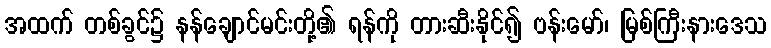
အထက် တစ်ခွင်၌ နန်ချောင်မင်းတို့၏ ရန်ကို တားဆီးနိုင်၍ ဗန်းမော်၊ မြစ်ကြီးနားဒေသ